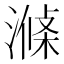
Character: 𣼝